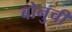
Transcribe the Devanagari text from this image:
बोनुची